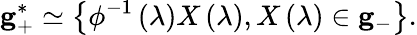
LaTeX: {\mathbf g}_{+}^{*}\simeq\left\{ \phi^{-1}\left(\lambda\right)X\left(\lambda\right),X\left(\lambda\right)\in{\mathbf g}_{-}\right\} .